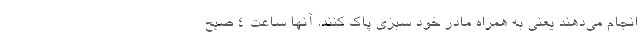
انجام می‌دهند یعنی به همراه مادر خود سبزی پاک کنند. آنها ساعت ۴ صبح